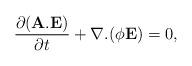
LaTeX: \begin{align*}\frac{\partial ({\bf A}.{\bf E})}{\partial t} + \nabla.(\phi{\bf E})=0,\end{align*}